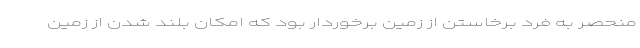
منحصر به فرد برخاستن از زمین برخوردار بود که امکان بلند شدن از زمین